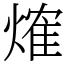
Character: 𤌍